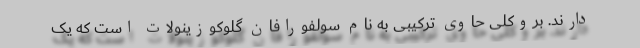
دارند. بروکلی حاوی ترکیبی به نام سولفورافان گلوکوزینولات است که یک